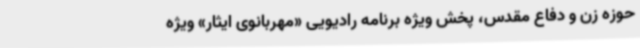
حوزه زن و دفاع مقدس، پخش ویژه برنامه رادیویی «مهربانوی ایثار» ویژه